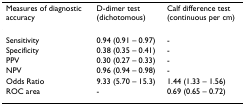
<table><thead><tr><td><b>Measures of diagnostic accuracy</b></td><td><b>D-dimer test (dichotomous)</b></td><td><b>Calf difference test (continuous per cm)</b></td></tr></thead><tbody><tr><td>Sensitivity</td><td>0.94 (0.91 – 0.97)</td><td>-</td></tr><tr><td>Specificity</td><td>0.38 (0.35 – 0.41)</td><td>-</td></tr><tr><td>PPV</td><td>0.30 (0.27 – 0.33)</td><td>-</td></tr><tr><td>NPV</td><td>0.96 (0.94 – 0.98)</td><td>-</td></tr><tr><td>Odds Ratio</td><td>9.33 (5.70 – 15.3)</td><td>1.44 (1.33 – 1.56)</td></tr><tr><td>ROC area</td><td>-</td><td>0.69 (0.65 – 0.72)</td></tr></tbody></table>